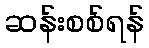
ဆန်းစစ်ရန်